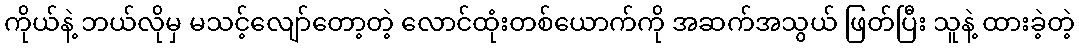
ကိုယ်နဲ့ ဘယ်လိုမှ မသင့်လျော်တော့တဲ့ လောင်ထုံးတစ်ယောက်ကို အဆက်အသွယ် ဖြတ်ပြီး သူနဲ့ ထားခဲ့တဲ့